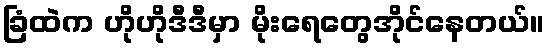
ခြံထဲက ဟိုဟိုဒီဒီမှာ မိုးရေတွေအိုင်နေတယ်။